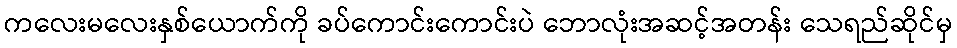
ကလေးမလေးနှစ်ယောက်ကို ခပ်ကောင်းကောင်းပဲ ဘောလုံးအဆင့်အတန်း သေရည်ဆိုင်မှ